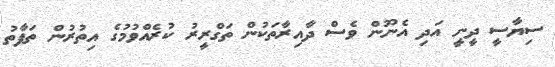
ސިޔާސީ ދީނީ އަދި އެނޫން ވެސް ދާއިރާތަކުން ތަގްރީރު ކުރެއްވުމުގެ އިތުރުން ތަފާތު